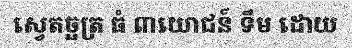
ស្វេតច្ឆត្រ ធំ ៣យោជន៍ ទឹម ដោយ